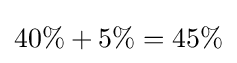
40\%+5\%=45\%